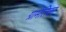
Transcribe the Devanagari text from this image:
ग्रामेतिका